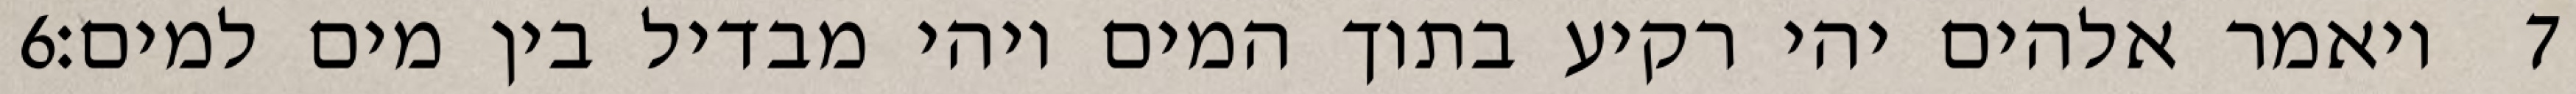
‎6‏ ויאמר אלהים יהי רקיע בתוך המים ויהי מבדיל בין מים למים׃ ‎7‏